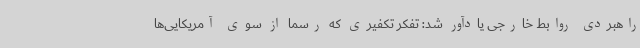
راهبردی روابط خارجی یادآور شد: تفکر تکفیری که رسماً از سوی آمریکایی‌ها